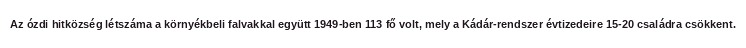
Az ózdi hitközség létszáma a környékbeli falvakkal együtt 1949-ben 113 fő volt, mely a Kádár-rendszer évtizedeire 15-20 családra csökkent.